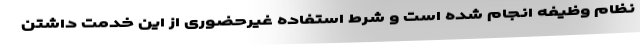
نظام وظیفه انجام شده است و شرط استفاده غیرحضوری از این خدمت داشتن